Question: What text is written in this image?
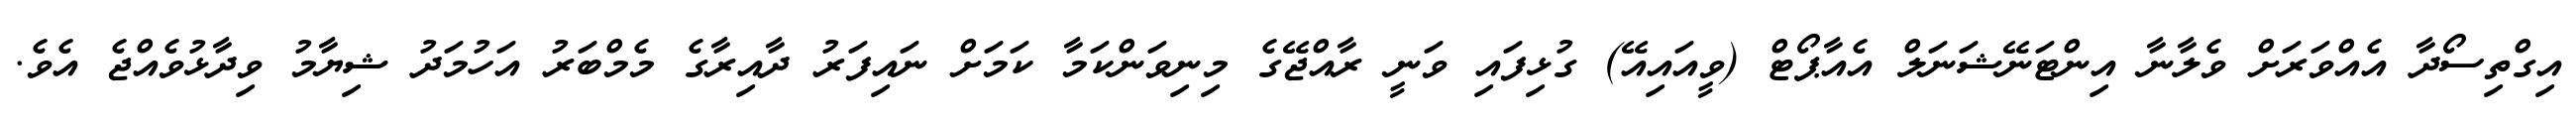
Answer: އިގްތިސޯދާ އެއްވަރަށް ވެލާނާ އިންޓަނޭޝަނަލް އެއާޕޯޓް (ވީއައިއޭ) ގުޅިފައި ވަނީ ރާއްޖޭގެ މިނިވަންކަމާ ކަމަށް ނައިފަރު ދާއިރާގެ މެމްބަރު އަހުމަދު ޝިޔާމު ވިދާޅުވެއްޖެ އެވެ.